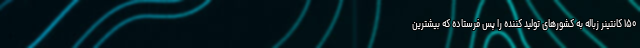
۱۵۰ کانتینر زباله به کشور‌های تولید کننده را پس فرستاده که بیشترین